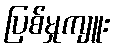
ပြစ်မှုကျူး